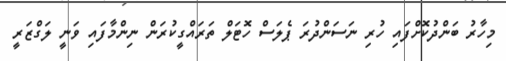
މިހާރު ބަންދުކޮށްފައި ހުރި ނަސަންދުރަ ޕެލަސް ހޮޓަލް ތަރައްގީކުރަން ނިންމާފައި ވަނީ ލަގްޒަރީ